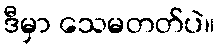
ဒီမှာ သေမတတ်ပဲ။